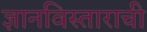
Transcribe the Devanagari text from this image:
ज्ञानविस्ताराची